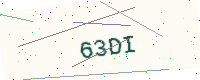
Text: 63DI